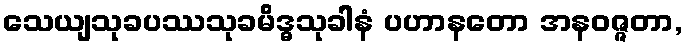
သေယျသုခပဿသုခမိဒ္ဓသုခါနံ ပဟာနတော အနဝဇ္ဇတာ,